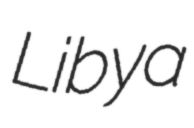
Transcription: Libya